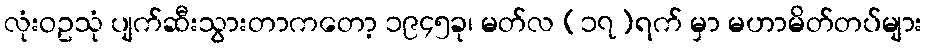
လုံးဝဥသုံ ပျက်ဆီးသွားတာကတော့ ၁၉၄၅ခု၊ မတ်လ (၁၇)ရက် မှာ မဟာမိတ်တပ်များ